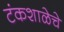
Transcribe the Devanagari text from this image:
टंकशाळेचे